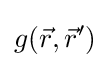
g({\vec {r}},{\vec {r}}')